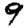
Digit: 9